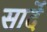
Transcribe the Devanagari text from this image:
सार्दे